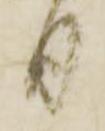
月